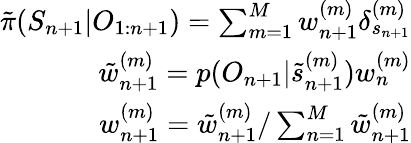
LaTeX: \begin{array}{r}{\tilde{\pi}(S_{n+1}|O_{1:n+1})=\sum_{m=1}^{M}w_{n+1}^{(m)}\delta_{s_{n+1}}^{(m)}}\\ {\tilde{w}_{n+1}^{(m)}=p(O_{n+1}|\tilde{s}_{n+1}^{(m)})w_{n}^{(m)}}\\ {w_{n+1}^{(m)}=\tilde{w}_{n+1}^{(m)}/\sum_{n=1}^{M}\tilde{w}_{n+1}^{(m)}}\end{array}